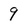
Character: 9